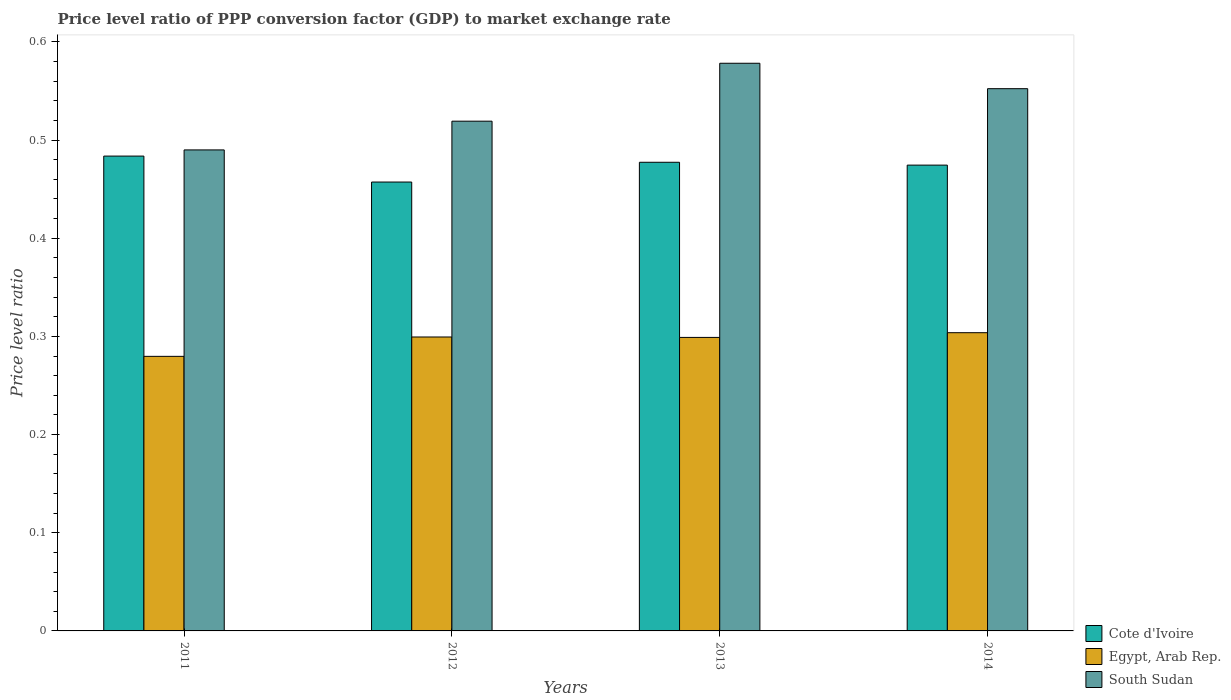
| Years | Cote d'Ivoire | Egypt, Arab Rep. | South Sudan |
 | --- | --- | --- | --- |
 | 2011 | 0.484 | 0.28 | 0.49 |
 | 2012 | 0.457 | 0.299 | 0.519 |
 | 2013 | 0.477 | 0.299 | 0.578 |
 | 2014 | 0.474 | 0.304 | 0.552 |